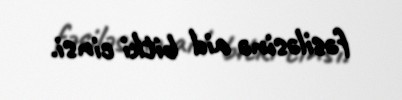
fəsiləsinə aid bitki cinsi.